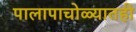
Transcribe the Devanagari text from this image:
पालापाचोळ्यातही